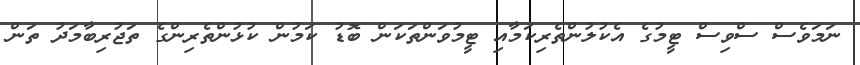
ނަމަވެސް ސްވިސް ޓީމުގެ އެކުލުންތެރިކަމާއި ޓީމުވަންތަކަން ބޮޑު ކަމުން ކުޅުންތެރިންގެ ތަޖުރިބާމަދު ތަން